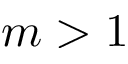
m > 1